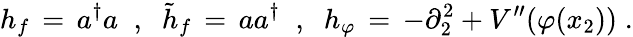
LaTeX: h_{f}\, =\, a^{\dagger}a\; \; ,\; \; {\tilde{h}}_{f}\, =\, aa^{\dagger}\; \; ,\; \; h_{\varphi}\, =\, -\partial_{2}^{2}+V^{\prime\prime}(\varphi(x_{2}))\; .